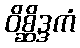
ဝိစ္ဆိဒ္ဒကံ